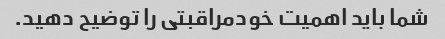
شما باید اهمیت خودمراقبتی را توضیح دهید.